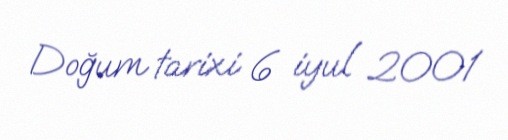
Doğum tarixi 6 iyul 2001